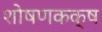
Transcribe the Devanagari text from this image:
शोषणकक्ष